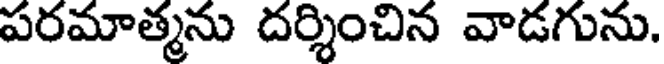
పరమాత్మను దర్శించిన వాడగును.